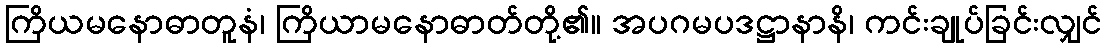
ကြိယမနောဓာတူနံ၊ ကြိယာမနောဓာတ်တို့၏။ အပဂမပဒဋ္ဌာနာနိ၊ ကင်းချုပ်ခြင်းလျှင်